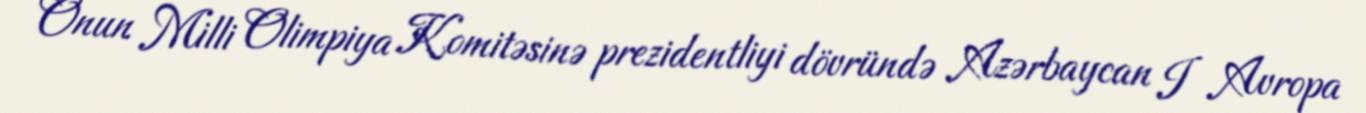
Onun Milli Olimpiya Komitəsinə prezidentliyi dövründə Azərbaycan I Avropa